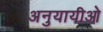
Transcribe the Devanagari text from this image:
अनुयायीओ